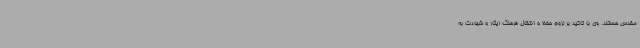
مقدس هستند. وی با تاکید بر لزوم حفظ و انتقال فرهنگ ایثار و شهادت به